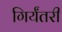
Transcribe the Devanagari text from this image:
गिर्यंतरी